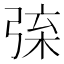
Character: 𢏲